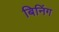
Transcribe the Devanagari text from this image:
बिनिंग